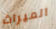
الميراث